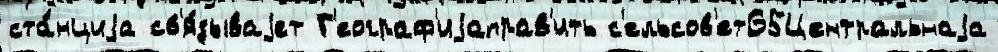
ста́нциjа св'я́зываjет Г'еограф'иjаправ'ить с'ельсов'ет65Центральнаjа